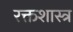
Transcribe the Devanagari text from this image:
रक्तशास्त्र